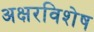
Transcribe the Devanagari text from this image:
अक्षरविशेष